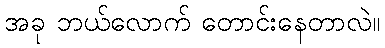
အခု ဘယ်လောက် တောင်းနေတာလဲ။